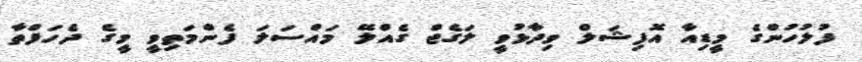
ފުލުހުންގެ މީޑިއާ އޮފިޝަލް ވިދާޅުވީ ލަގެޖް ގެއްލޭ މައްސަލަ ފެންމަތިވީ މީގެ ދެހަފްތާ